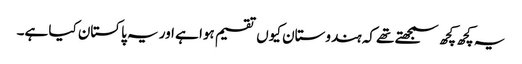
یہ کچھ کچھ سمجھتے تھے کہ ہندوستان کیوں تقسیم ہوا ہے اور یہ پاکستان کیا ہے۔